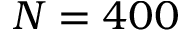
N = 4 0 0